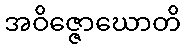
အဝိဇ္ဇောဃောတိ